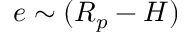
e \sim ( R _ { p } - H )